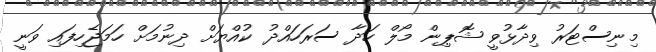
މިނިސްޓަރު ވިދާޅުވީ ޝޮޕިން މޯލް ހަދާ ސަރަހައްދު ކުއްޔަށް ދިނުމަށް ހަމަޖެހިފައި ވަނީ